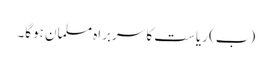
(ب) ریاست کا سربراہ مسلمان ہوگا۔